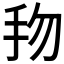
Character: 𢪥